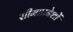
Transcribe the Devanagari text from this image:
सीमाप्रदेशों